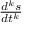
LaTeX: \textstyle { \frac { d ^ { k } s } { d t ^ { k } } }